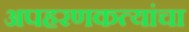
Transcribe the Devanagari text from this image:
अपहरणकत्यांचा